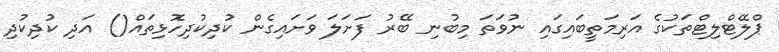
ޕްލޭޓްލިޓްތަކުގެ އަރިމަތީބައިގައި ނުވަތަ މިބުނި ބޭރު ފަށަލަ ވަށައިގެން ކުދިކުދިހޮޅިތައް() އަދި ކުދިކުދި